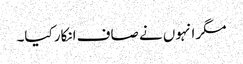
مگر انہوں نے صاف انکار کیا۔